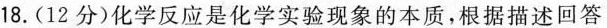
18.(12分)化学反应是化学实验现象的本质，根据描述回答